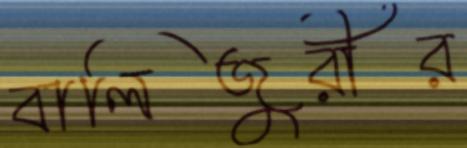
বালিজুরীর